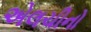
એલચીનો